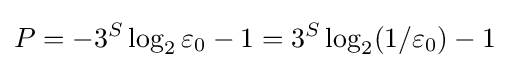
P=-3^{S}\log _{2}\varepsilon _{0}-1=3^{S}\log _{2}(1/\varepsilon _{0})-1